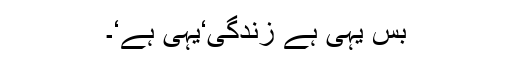
بس یہی ہے زندگی‘یہی ہے‘۔